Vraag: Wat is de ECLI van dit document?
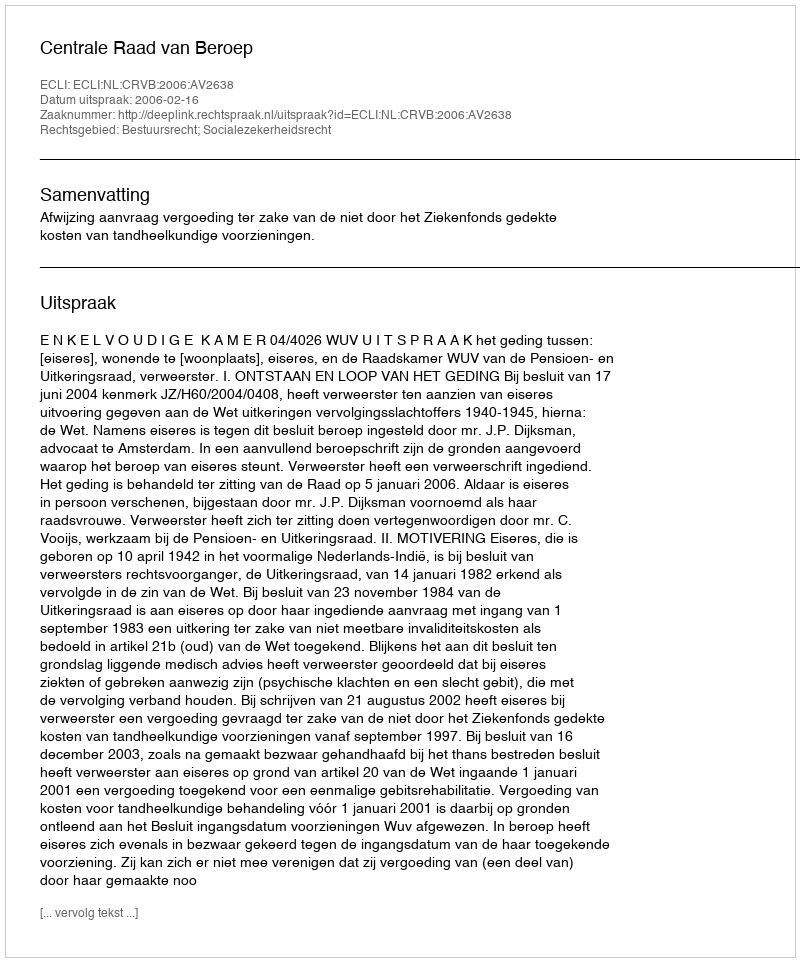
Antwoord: ECLI:NL:CRVB:2006:AV2638